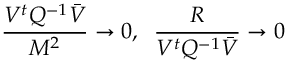
\frac { V ^ { t } { Q } ^ { - 1 } \bar { V } } { M ^ { 2 } } \to 0 , \; \; \frac { R } { V ^ { t } { Q } ^ { - 1 } \bar { V } } \to 0